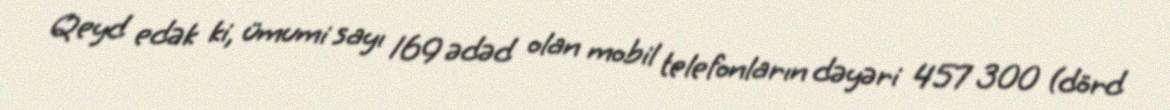
Qeyd edək ki, ümumi sayı 169 ədəd olan mobil telefonların dəyəri 457 300 (dörd